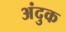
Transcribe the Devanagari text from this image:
अंदुक